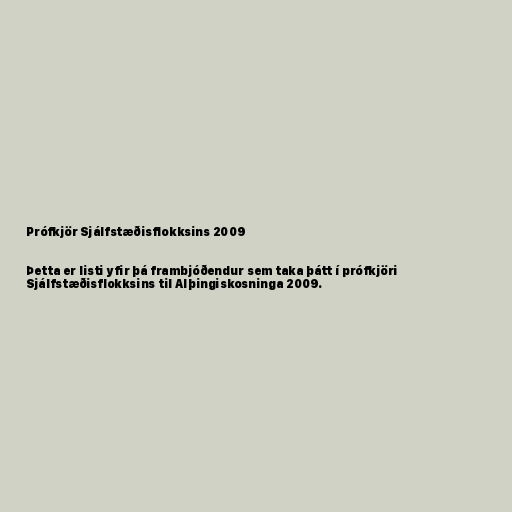
Prófkjör Sjálfstæðisflokksins 2009

Þetta er listi yfir þá frambjóðendur sem taka þátt í prófkjöri
Sjálfstæðisflokksins til Alþingiskosninga 2009.